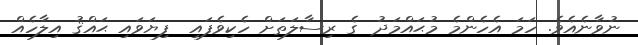
ނުވާނެއެވެ. ހަމަ އެހެންމެ މުޙައްމަދު  ގެ ރިސާލަތަށް ހެކިވެފައި  ފިޔަވައި ޙައްޤު އިލާހެއް